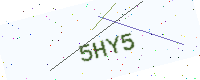
Text: 5HY5